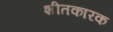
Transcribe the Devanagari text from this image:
शीतकारक